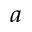
^ { a }